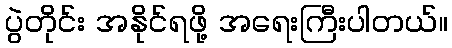
ပွဲတိုင်း အနိုင်ရဖို့ အရေးကြီးပါတယ်။